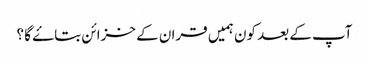
آپ کے بعد کون ہمیں قران کے خزائن بتاۓ گا ؟